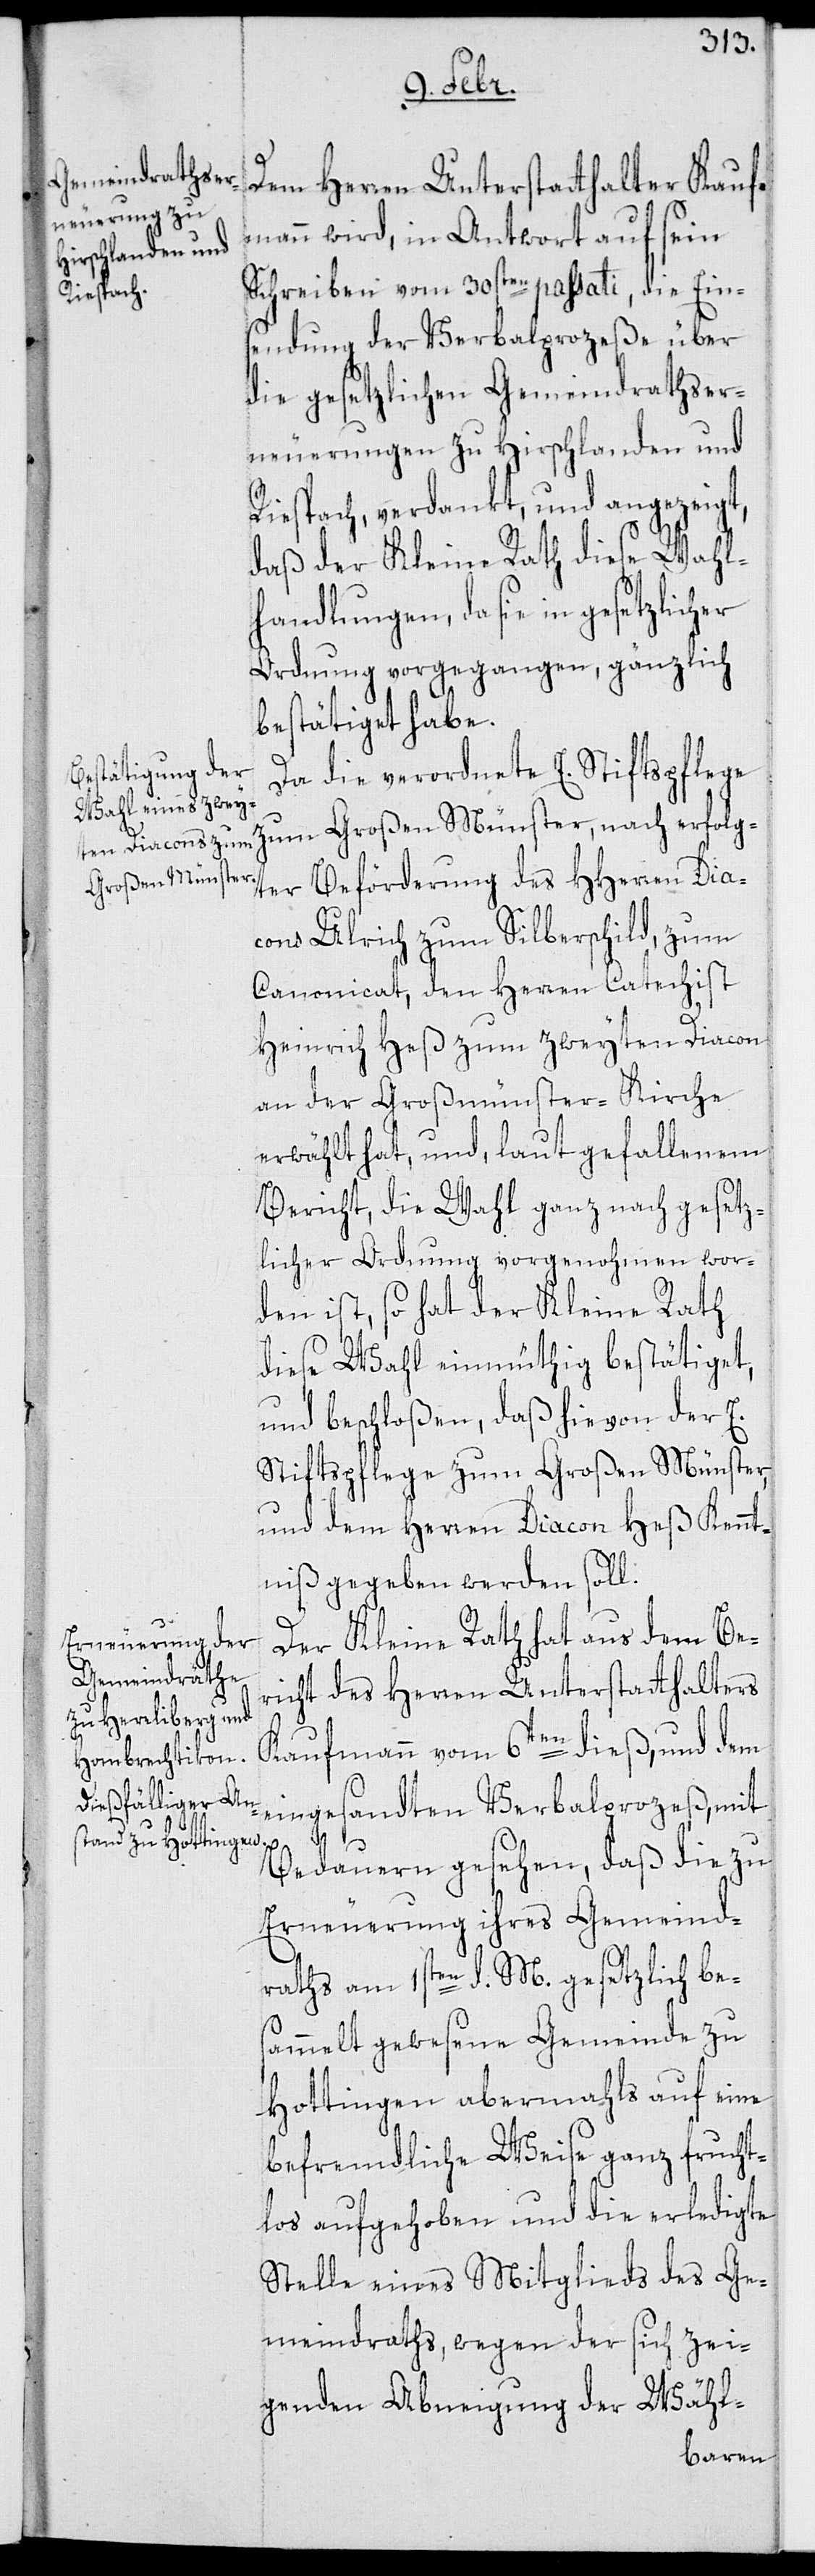
erfolg¬
Dem Herren Unterstatthalter Kauf¬
mann wird, in Antwort auf sein
Schreiben vom 30sten passati, die Ein¬
sendung der Verbalprozeße über
die gesetzlichen Gemeindrathser¬
neuerungen zu Hirschlanden und
Riespach, verdankt, und angezeigt,
daß der Kleine Rath diese Wahl¬
handlungen, da sie in gesetzlicher
Ordnung vorgegangen, gänzlich
bestätiget habe.
Da die verordnete E. Stiftspflege
Großen Münster,
ter Beförderung des HHerren Dia¬
cons Ulrich zum Silberschild, zum
Canonicat, den Herren Catechist
Heinrich Heß zum zweyten Diacon
an der Großmünster-Kirche
erwählt hat, und, laut gefallenem
Bericht, die Wahl ganz nach gesetz¬
licher Ordnung vorgenohmen wor¬
den ist, so hat der Kleine Rath
diese Wahl einmüthig bestätiget,
und beschloßen, daß hievon der E.
Stiftspflege zum Großen Münster,
und dem Herren Diacon Heß Kennt¬
niß gegeben werden soll.
Der Kleine Rath hat aus dem Be¬
richt des Herren Unterstatthalters
Kaufmann vom 6ten dieß, und dem
eingesandten Verbalprozeß, mit
Bedauern gesehen, daß die zu
Erneuerung ihres Gemeind¬
raths am 1sten d. M. gesetzlich be¬
sammelt gewesene Gemeinde zu
Hottingen abermahls auf eine
befremdliche Weise ganz frucht¬
los aufgehoben und die erledigte
Stelle eines Mitglieds des Ge¬
meindraths, wegen der sich zei¬
genden Abneigung der Wähl-